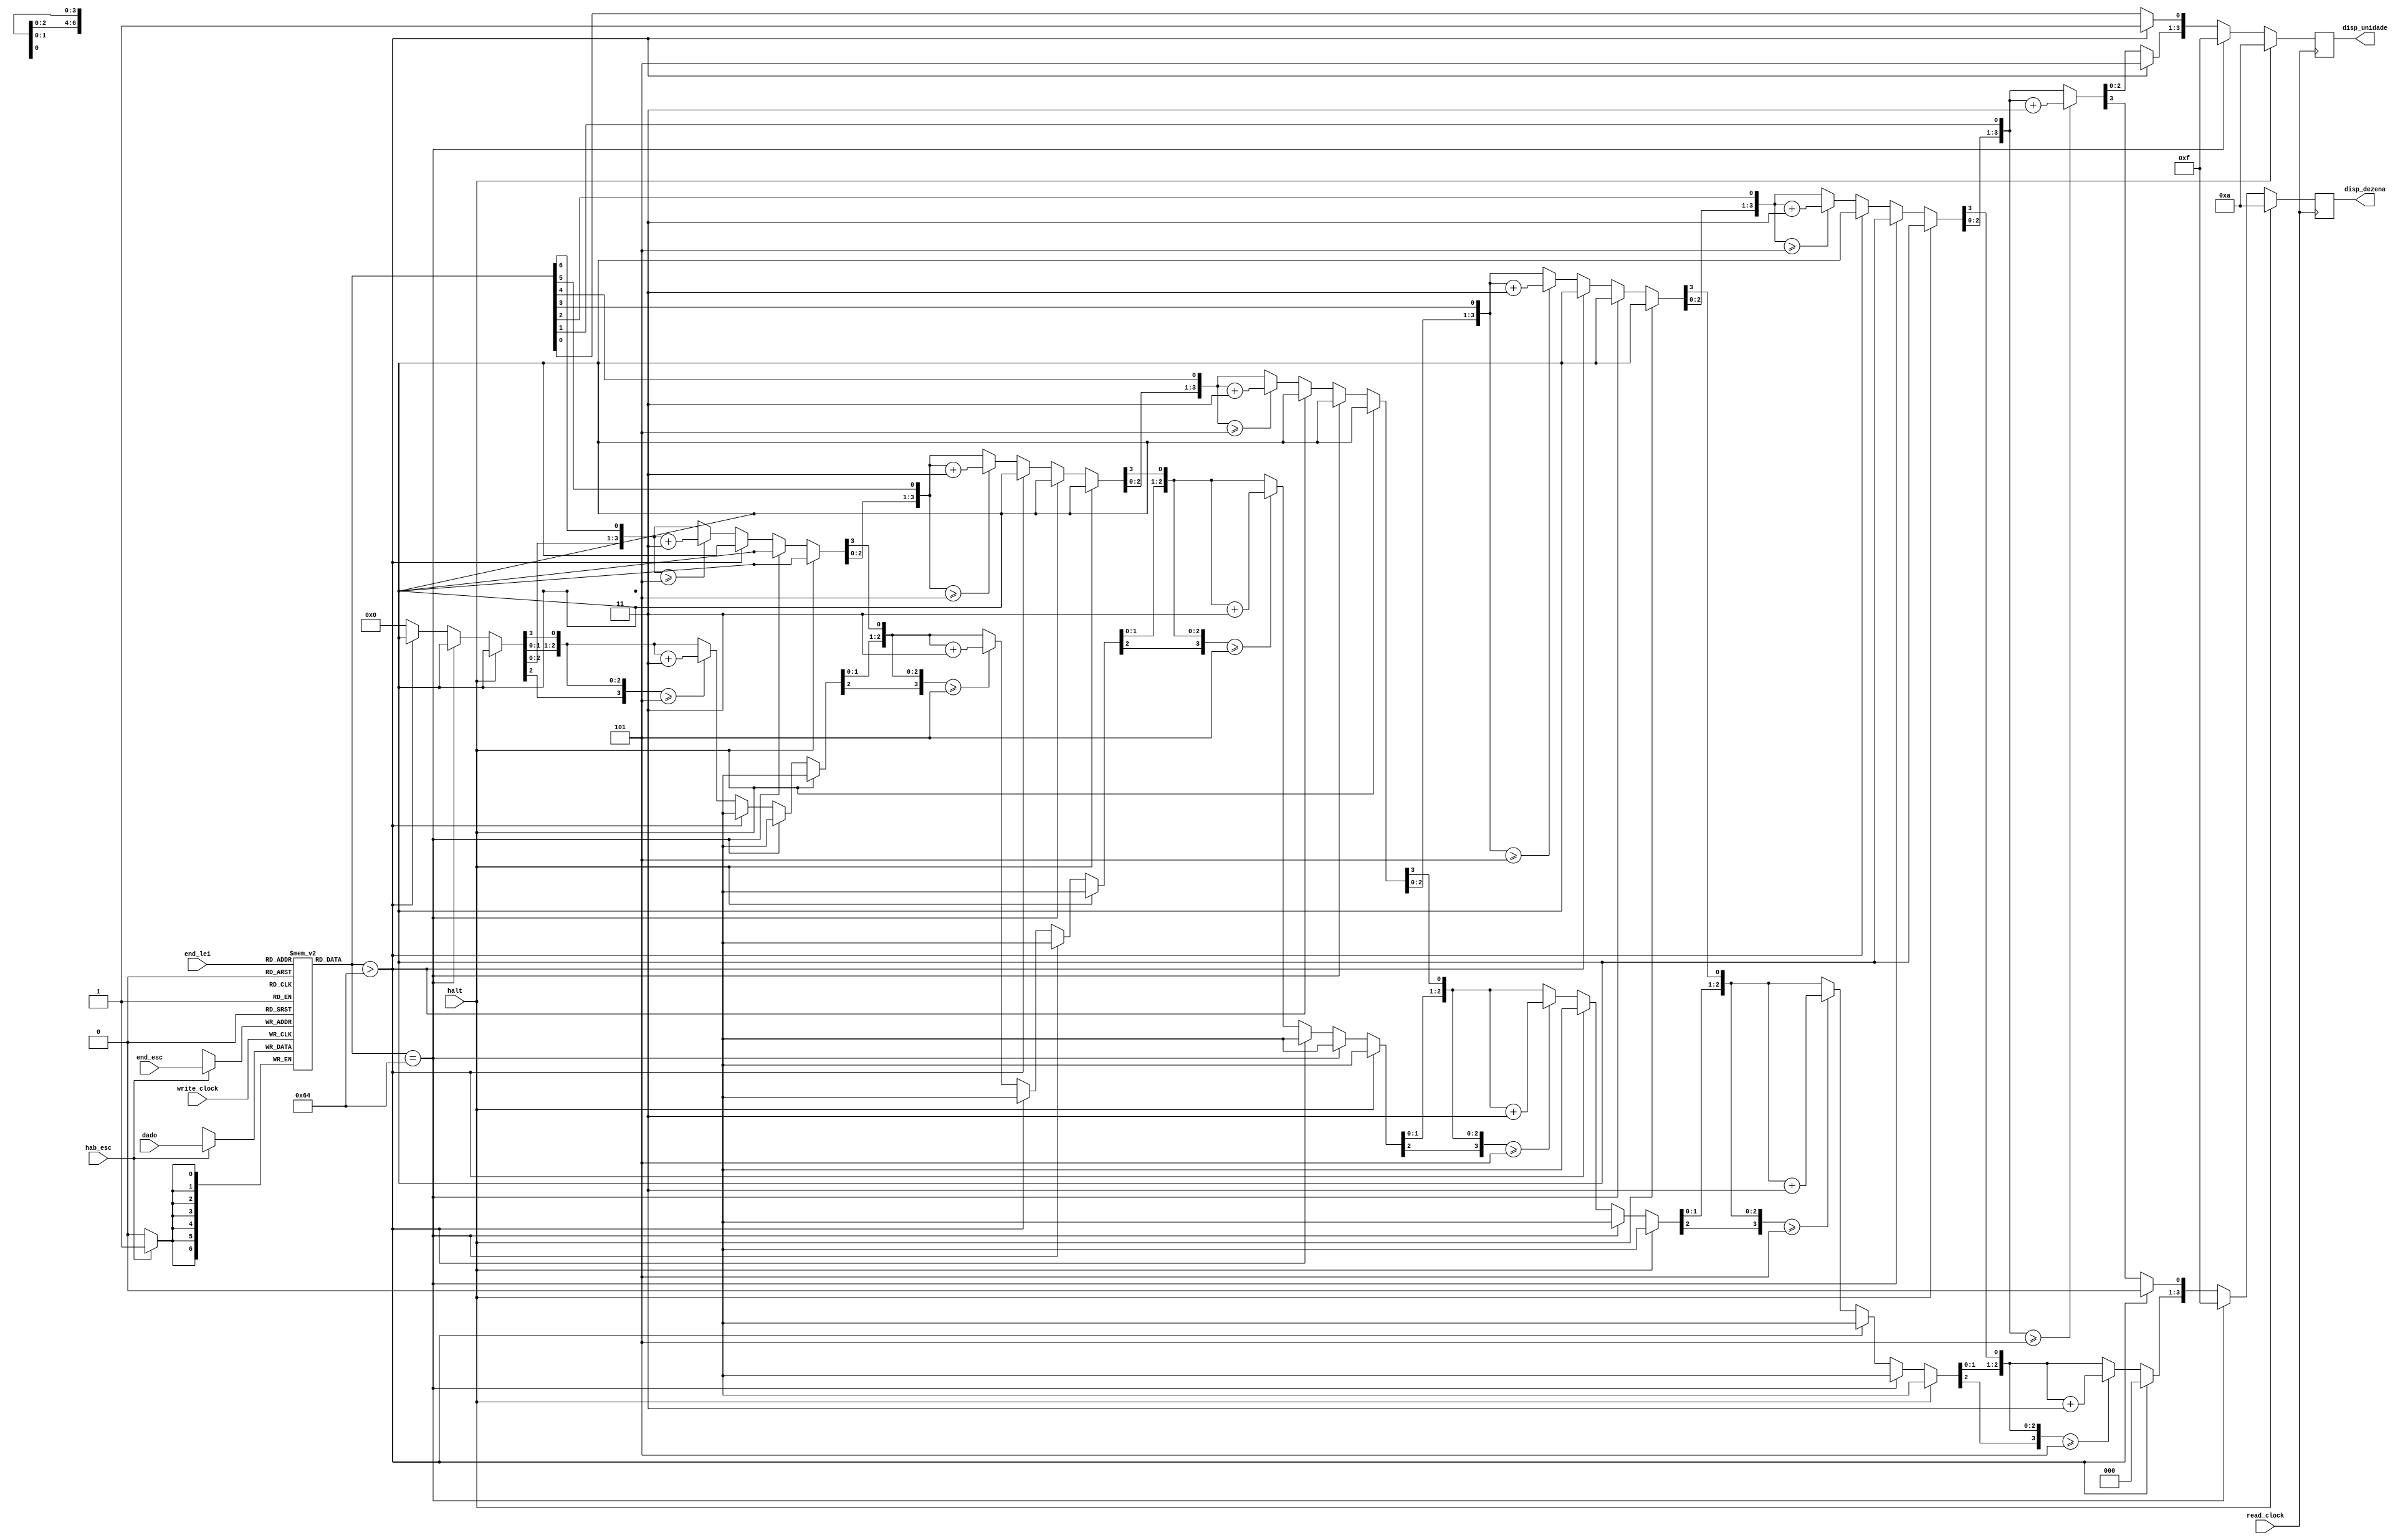
// Quartus Prime Verilog Template
// Simple Dual Port RAM with separate read/write addresses and
// separate read/write clocks

module buffer_saida_disp

// por enquanto ADDR_WIDTH = 2, por ser um para cada d7s
// depois aumentar para incluir LCD

#(parameter DATA_WIDTH=7, parameter ADDR_WIDTH=2)
(
	input [(DATA_WIDTH-1):0] dado,
	input [(ADDR_WIDTH-1):0] end_lei, end_esc,
	input hab_esc, read_clock, write_clock, halt,
	output reg [3:0] disp_dezena,
	output reg [3:0] disp_unidade
);
	
	// Declara o buffer de sada
	reg [DATA_WIDTH-1:0] buffer[2**ADDR_WIDTH-1:0];
	
	always @ (posedge write_clock)
	begin
		// Escrita
		if(hab_esc)
			buffer[end_esc] <= dado;
	end
	
	integer i;
	always @ (posedge read_clock)
	begin
		// Leitura
		
		if (halt == 1) 
		begin
			disp_unidade <= 4'b1010; // trao
			disp_dezena <= 4'b1010; // trao
		end
		else if(buffer[end_lei] == 100)
		begin
			disp_unidade <= 4'b1111;// apagado
			disp_dezena <= 4'b1111; // apagado
		end
		else if(buffer[end_lei] > 100)
		begin
			disp_dezena <= 4'b0000; // O
			disp_unidade<= 4'b1011; // F   -> Overflow
		end
		else
		begin
			
			disp_unidade = 0;
			disp_dezena = 0;
			
			for( i=6; i>=0; i=i-1 ) begin
					
				if( disp_dezena >= 5 )
					disp_dezena = disp_dezena + 3;
					
				if( disp_unidade >= 5 )
					disp_unidade = disp_unidade + 3;

				disp_dezena = disp_dezena << 1;
				disp_dezena[0] = disp_unidade[3];
				disp_unidade = disp_unidade << 1;
				disp_unidade[0] = buffer[end_lei][i];
			end
			
		end
	end
	
endmodule